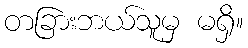
တခြားဘယ်သူမှ မရှိ။